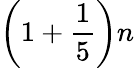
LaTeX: \left(1+{\frac{1}{5}}\right)n